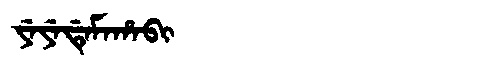
Manchu: ᠶᡝᠶᡝᡩᡝᠮᠠᡥᠠᠪᡳ
Romanization: YEYEDEMAHABI